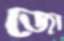
জো